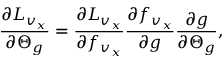
\frac { \partial L _ { v _ { x } } } { \partial \boldsymbol { \Theta } _ { g } } = \frac { \partial L _ { v _ { x } } } { \partial f _ { v _ { x } } } \frac { \partial f _ { v _ { x } } } { \partial g } \frac { \partial g } { \partial \boldsymbol { \Theta } _ { g } } ,